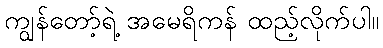
ကျွန်တော့်ရဲ့ အမေရိကန် ထည့်လိုက်ပါ။